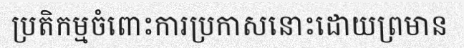
ប្រតិកម្មចំពោះការប្រកាសនោះដោយព្រមាន